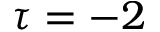
\tau = - 2